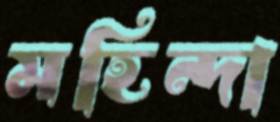
মহিন্দা